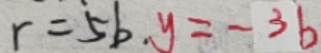
r = 5 b . y = - 3 b